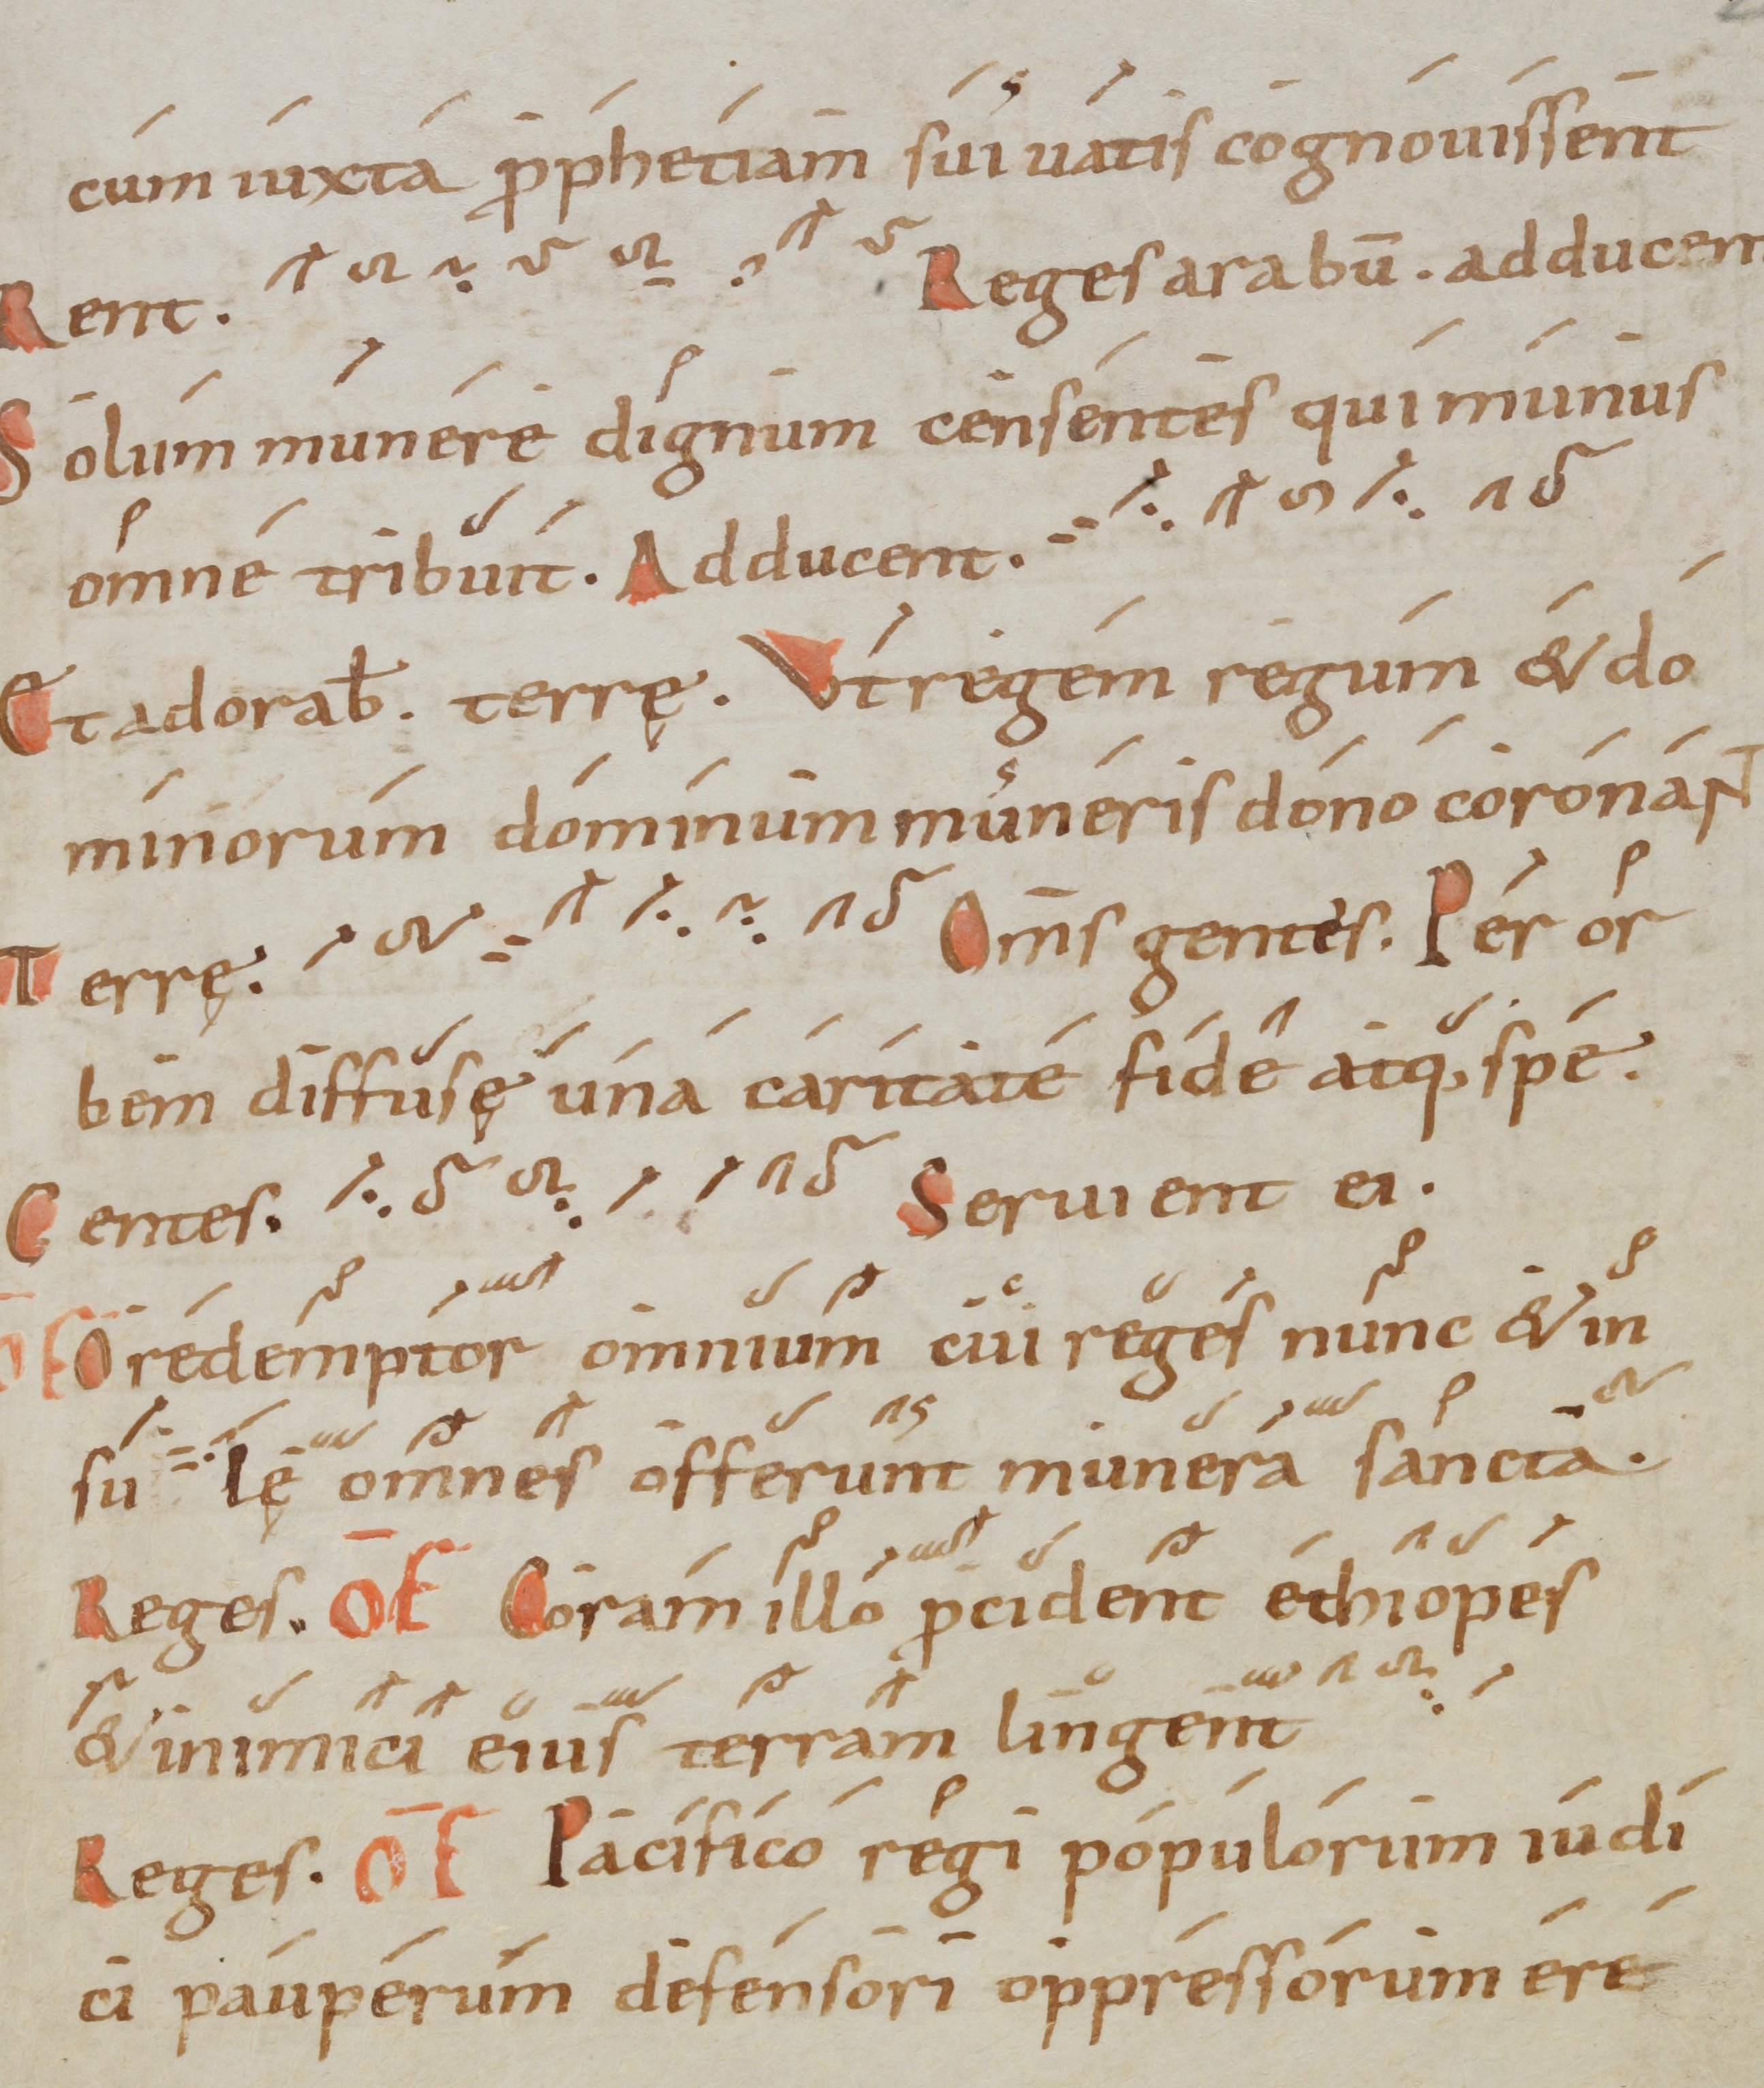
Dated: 1000–1099